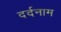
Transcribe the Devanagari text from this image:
दर्दनाम